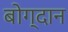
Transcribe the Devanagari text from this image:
बोग्दान